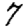
Digit: 7